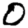
Digit: 0